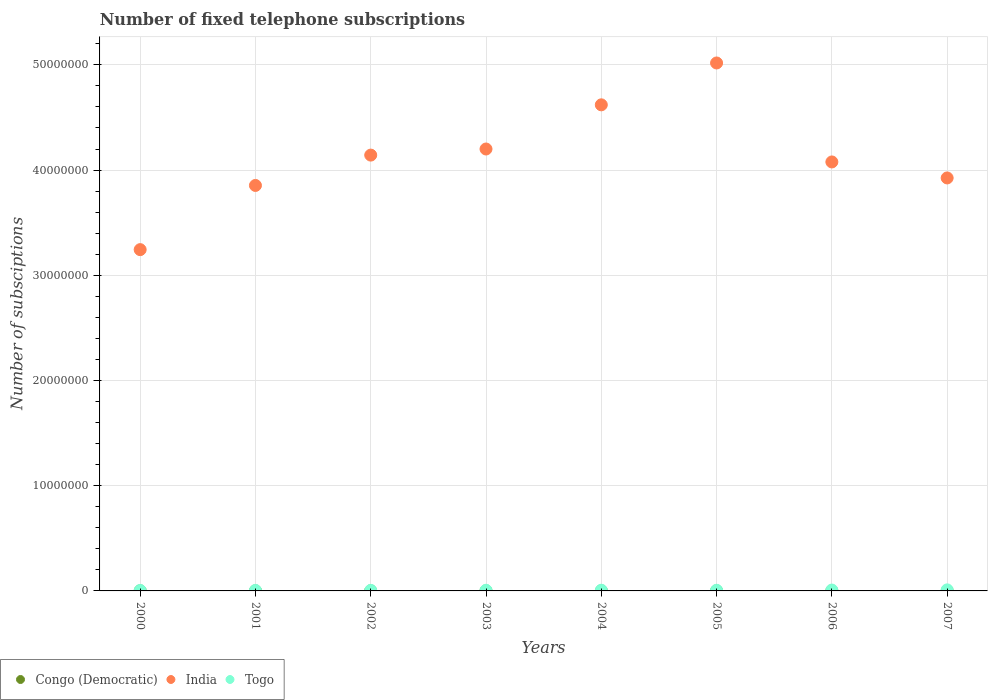
| Years | Congo (Democratic) | India | Togo |
 | --- | --- | --- | --- |
 | 2000 | 9.81e+03 | 3.24e+07 | 4.28e+04 |
 | 2001 | 9.98e+03 | 3.85e+07 | 4.84e+04 |
 | 2002 | 1e+04 | 4.14e+07 | 5.12e+04 |
 | 2003 | 9.73e+03 | 4.2e+07 | 6.11e+04 |
 | 2004 | 1.05e+04 | 4.62e+07 | 6.59e+04 |
 | 2005 | 1.06e+04 | 5.02e+07 | 6.28e+04 |
 | 2006 | 9.7e+03 | 4.08e+07 | 8.21e+04 |
 | 2007 | 3.5e+03 | 3.92e+07 | 9.95e+04 |